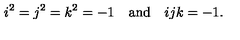
i ^ { 2 } = j ^ { 2 } = k ^ { 2 } = - 1 \quad \mathrm { a n d } \quad i j k = - 1 .